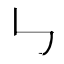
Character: ㇉